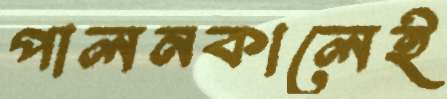
পালনকালেই